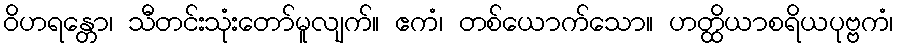
ဝိဟရန္တော၊ သီတင်းသုံးတော်မူလျက်။ ဧကံ၊ တစ်ယောက်သော။ ဟတ္ထိယာစရိယပုဗ္ဗကံ၊